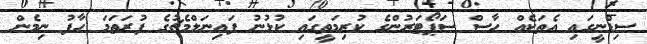
ސިޑްނީގައި އެތަކެއް ހާސް ސަޕޯޓަރުންގެ ކުރިމަތީގައި ކުޅުނު ފައިނަލްމެޗުގެ ފުރަތަމަ ހާފު ނިމެން